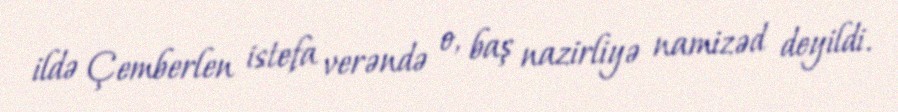
ildə Çemberlen istefa verəndə o, baş nazirliyə namizəd deyildi.